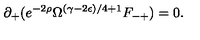
\partial _ { + } ( e ^ { - 2 \rho } \Omega ^ { ( \gamma - 2 \epsilon ) / 4 + 1 } F _ { - + } ) = 0 .